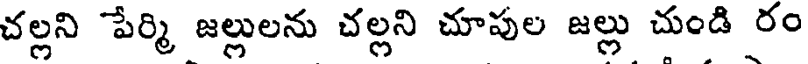
చల్లని పేర్మి జల్లులను చల్లని చూపుల జల్లు చుండి రం